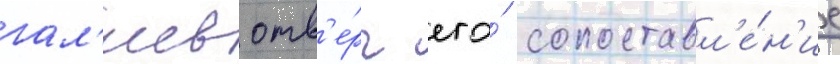
гал'иев отв'е́рг его́ сопоставл'е́н'ие